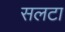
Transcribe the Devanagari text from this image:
सलटा